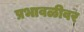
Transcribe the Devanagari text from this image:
प्रभावळीवर